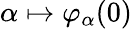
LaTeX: \alpha\mapsto\varphi_{\alpha}(0)